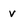
Character: v